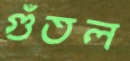
গুঁতল